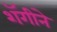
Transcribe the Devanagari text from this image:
शॅगीने